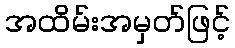
အထိမ်းအမှတ်ဖြင့်